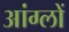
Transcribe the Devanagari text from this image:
आंग्लों